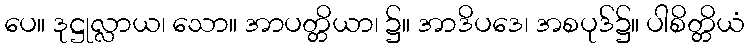
ပေ။ ဒုဋ္ဌုလ္လာယ၊ သော။ အာပတ္တိယာ၊ ၌။ အာဒိပဒေ၊ အစပုဒ်၌။ ပါစိတ္တိယံ